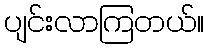
ပျင်းလာကြတယ်။